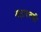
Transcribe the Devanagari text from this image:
शहादतकी